Epidemic dropsy in Calcutta - Number 49
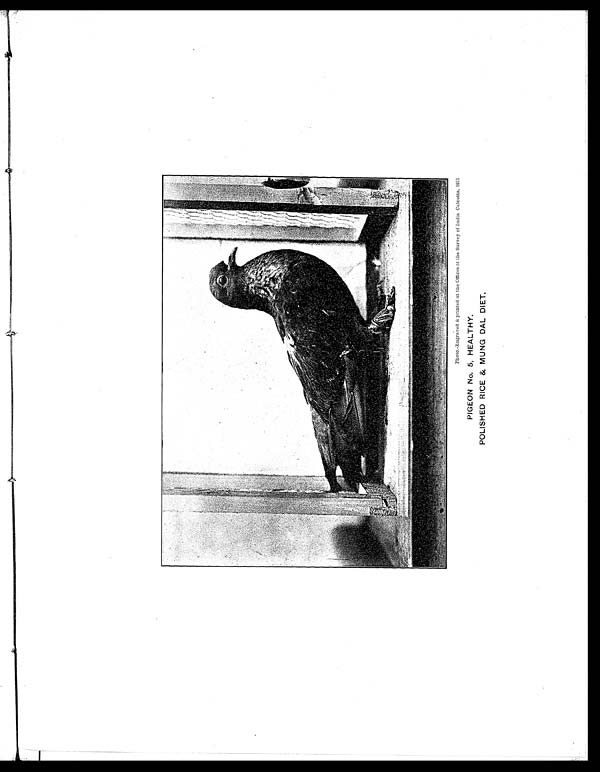
Photo.-Engraved & printed at the Offices of the Survey of India Calcutta, 1911
PIGEON No. 5, HEALTHY.
POLISHED RICE & MUNG DAL DIET.